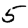
Digit: 5